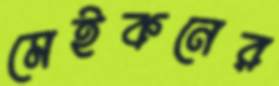
মেইকনের